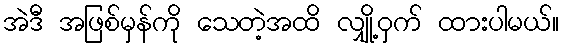
အဲဒီ အဖြစ်မှန်ကို သေတဲ့အထိ လျှို့ဝှက် ထားပါမယ်။